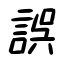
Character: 誤